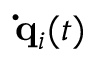
{ \bf \dot { q } } _ { i } ( t )